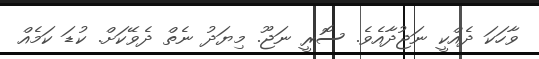
ވާހަކަ ދެއްކީ ނަޖުދާއެވެ. ސޮރީ ނަޖޫ. މިޔަދު ނެތް ދެވޭކަށް. ކުޑަ ކަމެއް